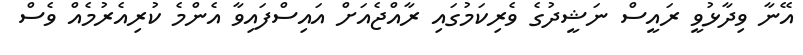
އޭނާ ވިދާޅުވީ ރައީސް ނަޝީދުގެ ވެރިކަމުގައި ރާއްޖެއަށް އައިސްފައިވާ އެންމެ ކުރިއެރުމެއް ވެސް